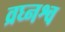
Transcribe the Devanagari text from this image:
व्रघ्नश्व